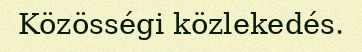
Közösségi közlekedés.